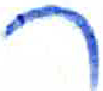
אות: ר